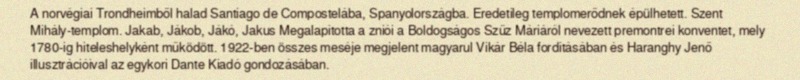
A norvégiai Trondheimből halad Santiago de Compostelába, Spanyolországba. Eredetileg templomerődnek épülhetett. Szent Mihály-templom. Jakab, Jákob, Jákó, Jakus Megalapította a zniói a Boldogságos Szűz Máriáról nevezett premontrei konventet, mely 1780-ig hiteleshelyként működött. 1922-ben összes meséje megjelent magyarul Vikár Béla fordításában és Haranghy Jenő illusztrációival az egykori Dante Kiadó gondozásában.